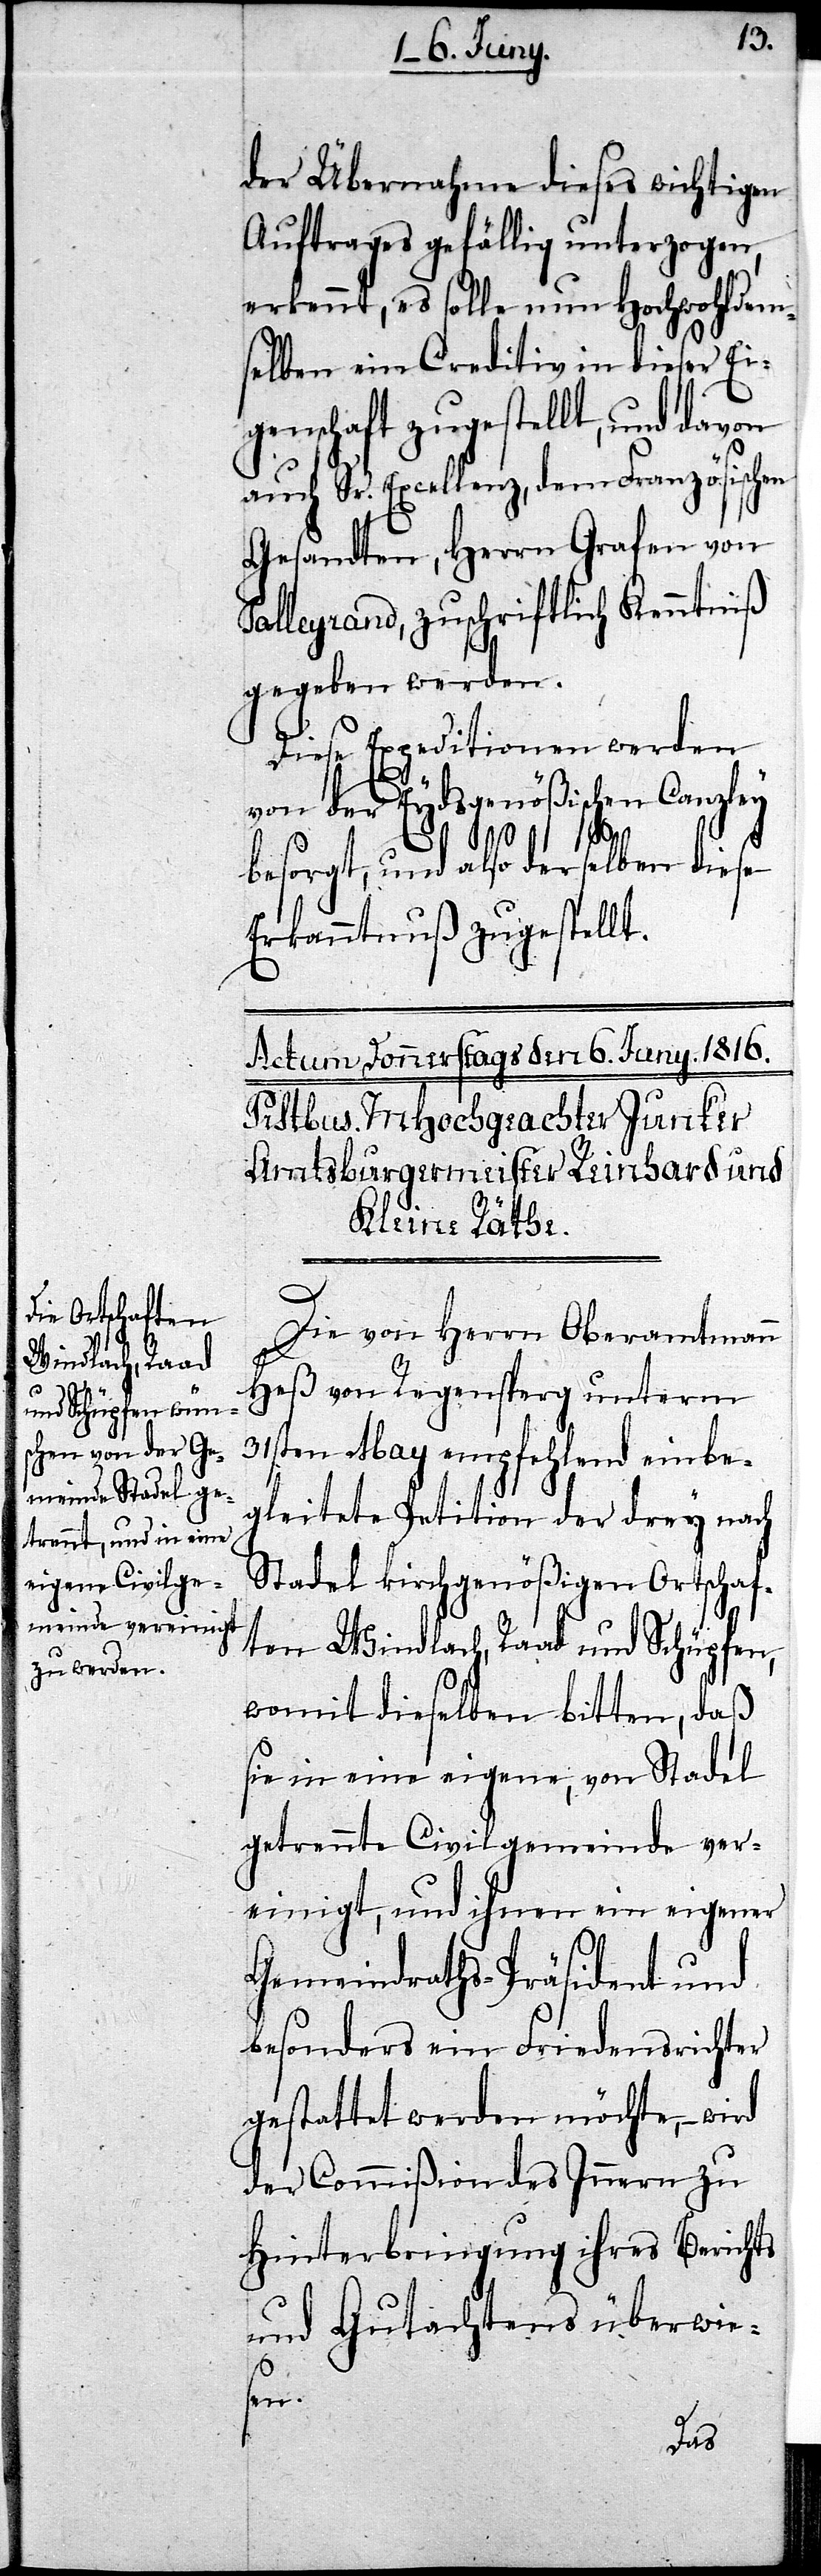
der Übernahme dieses wichtigen
Auftrages gefällig unterzogen,
erkennt, es solle nun Hochwohldem¬
selben ein Creditiv in dieser Ei¬
genschaft zugestellt, und davon
Sr. Excellenz, dem Französischen
Gesandten, Herrn Grafen von
Talleyrand, zuschriftlich Kenntniß
gegeben werden,
Diese Expeditionen werden
von der Eydsgenößischen Canzley
besorgt, und also derselben diese
Erkanntnuß zugestellt.
Die von Herrn Oberamtmann
Heß von Regensperg unterm
31sten May empfehlend einbe¬
gleitete Petition der drey nach
Stadel kirchgenößigen Ortschaf¬
ten Windlach, Raad und Schüpfen,
womit dieselben bitten, daß
sie in eine eigene, von Stadel
getrennte Civilgemeinde ver¬
einigt, und ihnen ein eigener
Gemeindraths-Präsident und
besonders ein Friedensrichter
gestattet werden möchte, – wird
der Commißion des Innern zu
Hinterbringung ihres Berichts
und Gutachtens überwie¬
sen.